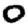
Digit: 0